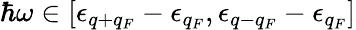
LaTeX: \hbar\omega\in[\epsilon_{q+q_{F}}-\epsilon_{q_{F}},\epsilon_{q-q_{F}}-\epsilon_{q_{F}}]